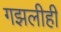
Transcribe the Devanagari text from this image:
गझलीही